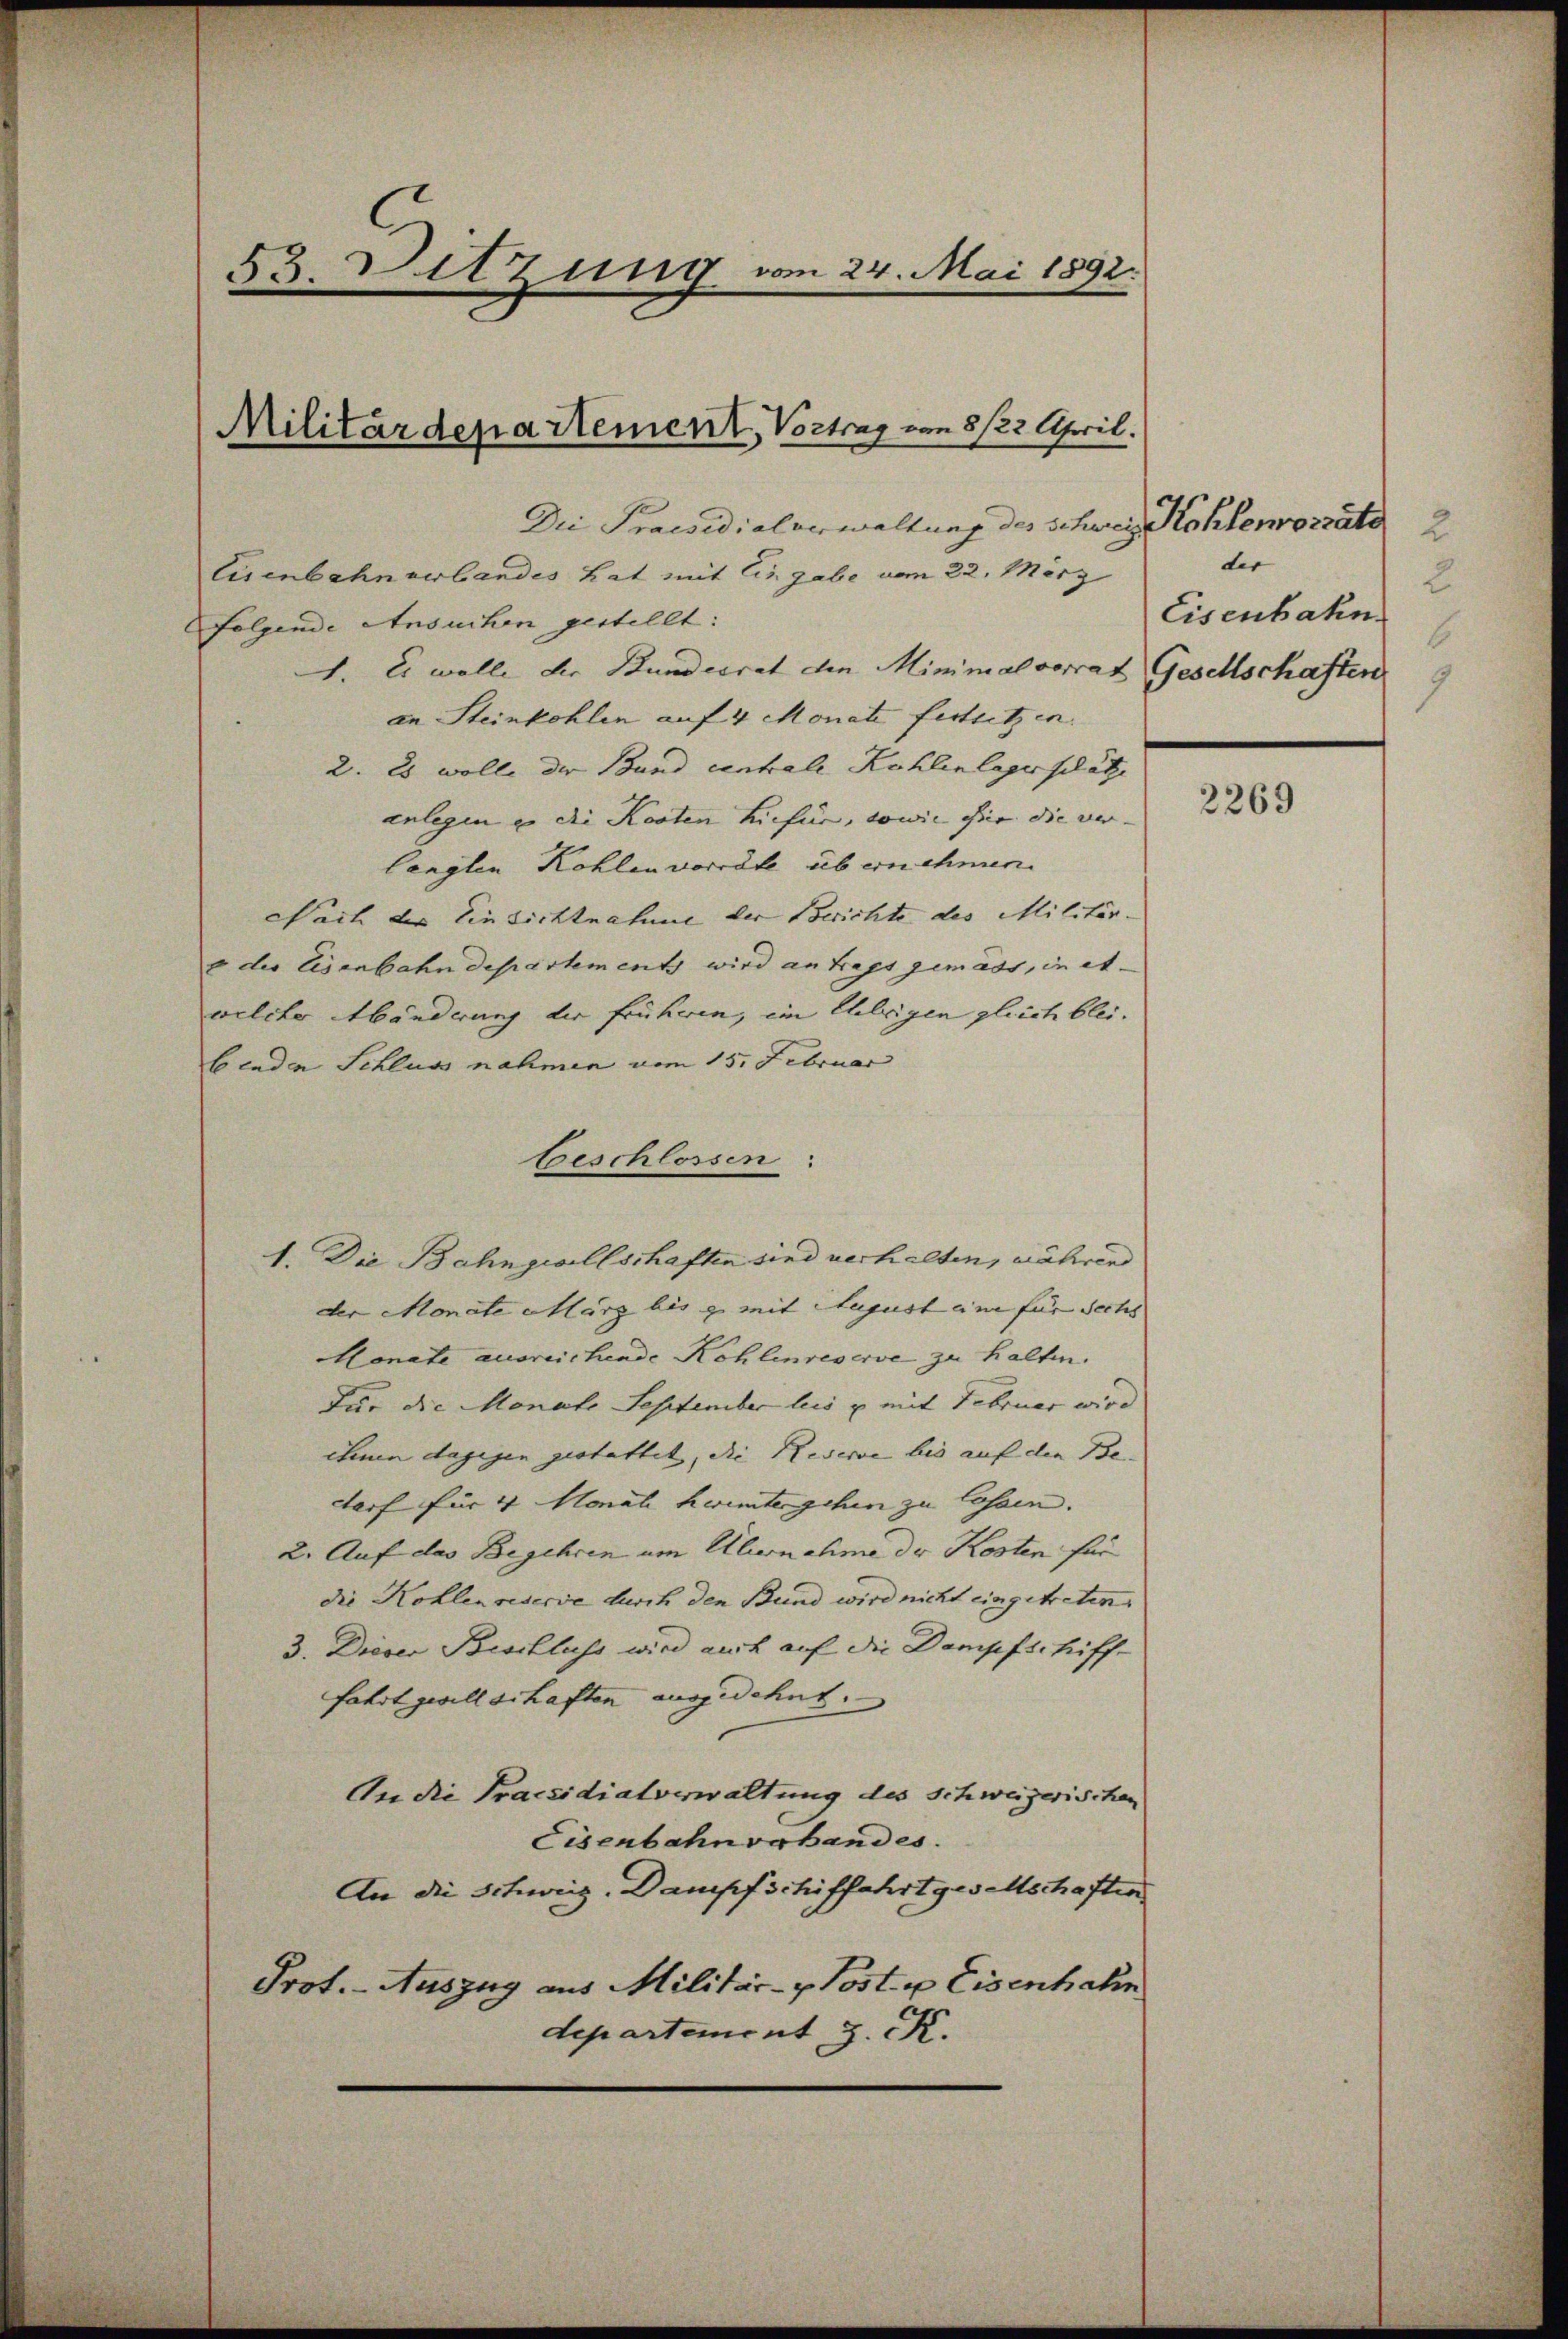
53. Sitzung von 24. Mai 1892.

Militärdepartement, Vortrag von 5/22 April.

Die Praesidialerwaltung des Schweiz. Kohlenvorräte 2
Eisenbahn verbandes hat mit Eingabe vom 22. März
folgende Ansuchen gestellt:
1. Es wolle die Bundesrat den Minimal vorrat Gesellschaften
an Steinkohlen auf 4 Monate festsetzen.
2. Es wolle der Bund entrale Kohlenlage schätze |
anlegen u die Kosten hiefür, sowie wir die ver- |
langten Kohlenvorräte übernehmen. |
Nach der Einsichtnahme der Berichte des Militär-
e der Eisenbahndepartements wird antrags gemäss, in et
welcher Abänderung der früheren, im Uebrigen gleich blei
benden Schluss nahmen vom 15. Februar
beschlossen:
1. Die Bahngesellschaften sind verhalten, währen
der Monate März bis zu mit August eine für sechs
Monate ausreichende Kohlenreserve zu halten.
Für die Monats September leis u. mit Februar wird
chnen dagegen gestattet, die Reserve bis auf den Be-
darf für 4 Monate heimtergehen zu lassen.
2. Auf das Begehren um Übernahme der Kosten für
die Kohlen reserve durch den Bund wird nicht eingetreten.
3. Dieser Beschluss wird auch auf die Dampfschifffahrt gesellschaften ausgedehnt.
An die Praesidialverwaltung des Schweizerischen
Eisenbahnvabandes.
An die Schweiz. Dampfschiffahrtgeselschaften
Prot. - Auszug aus Militär- & Post u. Eisenhahn
departement J. K.

der
2
Eisenbahn
6
1

2269